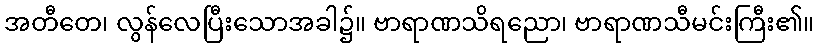
အတီတေ၊ လွန်လေပြီးသောအခါ၌။ ဗာရာဏသိရညော၊ ဗာရာဏသီမင်းကြီး၏။